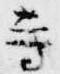
寺